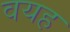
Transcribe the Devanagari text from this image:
वयह